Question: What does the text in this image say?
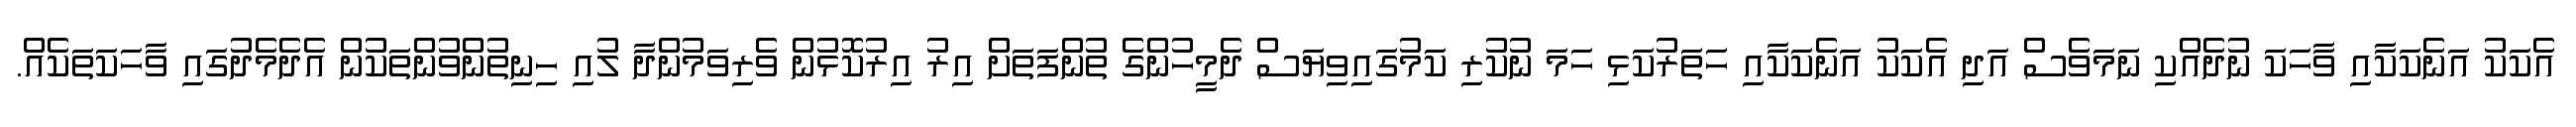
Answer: އެކަކު އަނެކަކާއި ވާހަކަ ނުދެއްކި ނަމަވެސް އަދި އެކަކު އަނެކަކާއި ހަތަރުކަޅި ހަމަ ނުކުރި ކަމުގައިވިޔަސް ދެމީހުންގެ ތުންފަތަށް އިރު އިރުކޮޅުން ވެރިވަމުންދާ ލުއި ހިނިތުންވުންތަކުން އެދެމެދުގައި ވާހަކަތަކެއް.